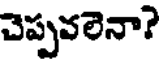
చెప్పవలెనా?